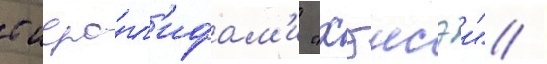
с иеро́гл'ифам'и "хэисэи" /